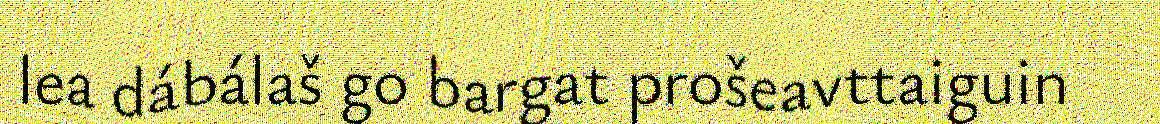
lea dábálaš go bargat prošeavttaiguin